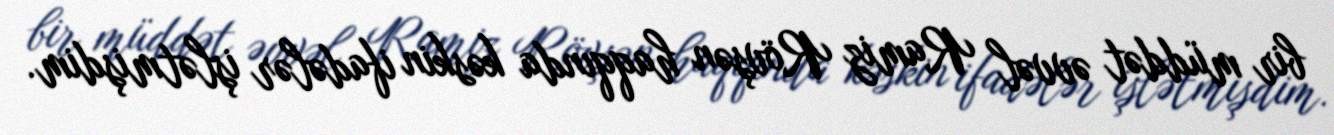
bir müddət əvvəl Ramiz Rövşən haqqında kəskin ifadələr işlətmişdim.